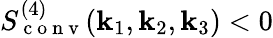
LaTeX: S_{\mathrm{~c~o~n~v~}}^{(4)}(\mathbf{k}_{1},\mathbf{k}_{2},\mathbf{k}_{3})<0